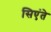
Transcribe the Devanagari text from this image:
सिएंते